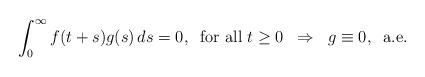
LaTeX: \begin{align*}\int_{0}^\infty f(t+s)g(s)\,ds=0,\;\;\mbox{for all $t\ge0$}\;\;\Rightarrow \;\;g\equiv0,\;\;\mbox{a.e.}\end{align*}